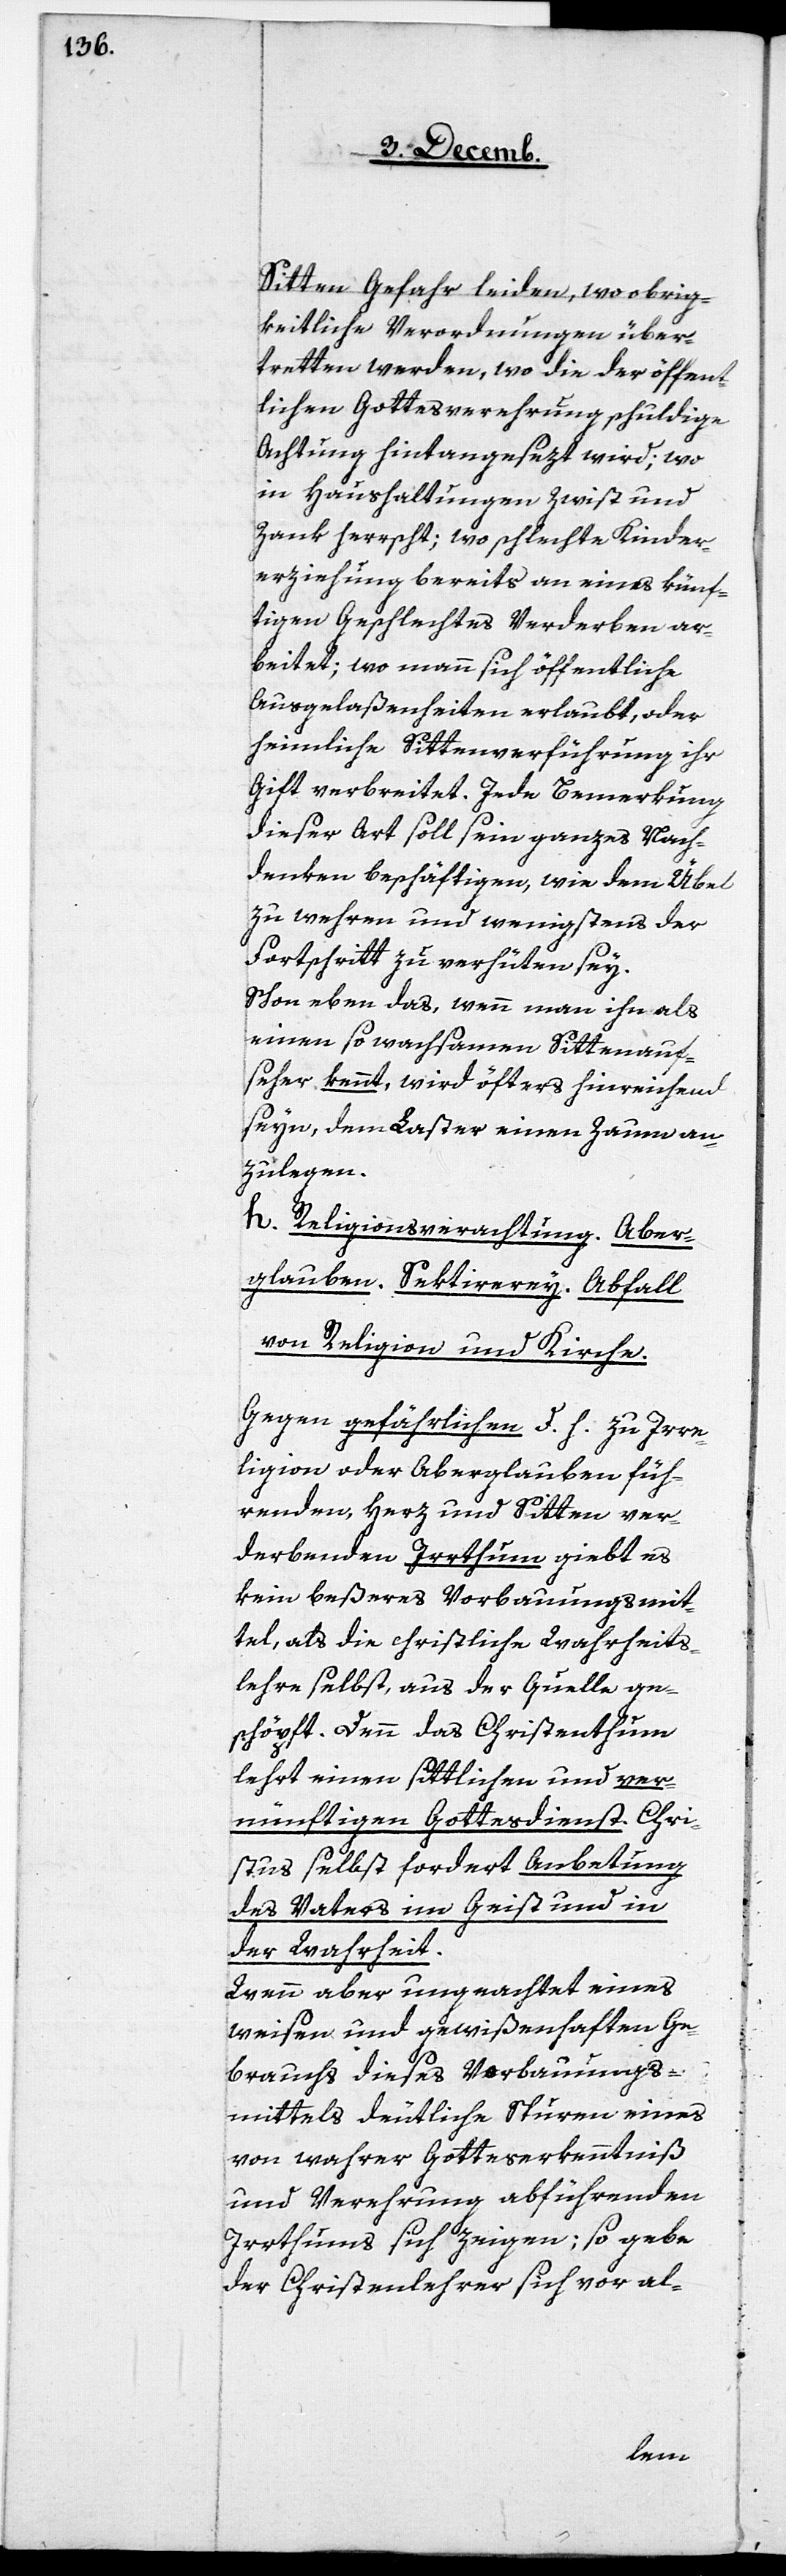
Sitten Gefahr leiden, wo obrig¬
keitliche Verordnungen über¬
tretten werden, wo die der öffent¬
lichen Gottesverehrung schuldige
Achtung hintangesezt wird; wo
in Haushaltungen Zwist und
Zank herrscht; wo schlechte Kinder¬
erziehung bereits an eines künf¬
tigen Geschlechtes Verderben ar¬
beitet; wo mann sich öffentliche
Ausgelaßenheiten erlaubt, oder
heimliche Sittenverführung ihr
Gift verbreitet. Jede Bemerkung
dieser Art soll sein ganzes Nach¬
denken beschäftigen, wie dem Übel
zu wehren und wenigstens der
Fortschritt zu verhüten sey.
Schon eben das, wenn man ihn als
einen so wachsamen Sittenauf¬
seher kennt, wird öfters hinreichend
seyn, dem Laster einen Zaum an¬
zulegen.
h. Religionsverachtung. Aber¬
glauben. Sektiererey. Abfall
von Religion und Kirche.
Gegen gefährlichen d. h. zu Irrre¬
ligion oder Aberglauben füh¬
renden, Herz und Sitten ver¬
bundenen Irrthum giebt es
kein beßeres Vorbauungsmit¬
tel, als die christliche Wahrheits¬
lehre selbst, aus der Quelle ge¬
schöpft. Denn das Christenthum
lehrt einen sittlichen und ver¬
nünftigen Gottesdienst. Chri¬
stus selbst fordert Anbetung
des Vaters im Geist und in
der Wahrheit.
Wenn aber ungeachtet eines
weisen und gewißenhaften Ge¬
brauchs dieses Verbauungs¬
mittels deutliche Spuren eines
von wahrer Gotteserkenntniß
und Verehrung abführenden
Irrthums sich zeigen; so gebe
der Christenlehrer sich vor al-